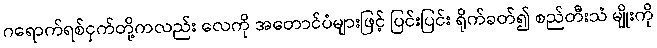
ဂရောက်ရစ်ငှက်တို့ကလည်း လေကို အတောင်ပံများဖြင့် ပြင်းပြင်း ရိုက်ခတ်၍ စည်တီးသံ မျိုးကို